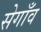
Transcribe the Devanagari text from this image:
सेगाँव